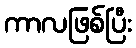
ကာလဖြစ်ပြီး